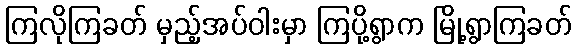
ကြလိုကြခတ် မှည့်အပ်ဝါးမှာ ကြပို့ရွာက မြို့ရွာကြခတ်